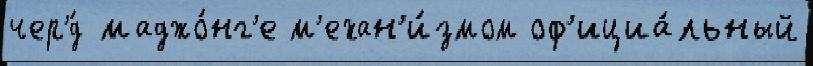
чер'́д маджо́нг'е м'ехан'и́змом оф'ициа́льный